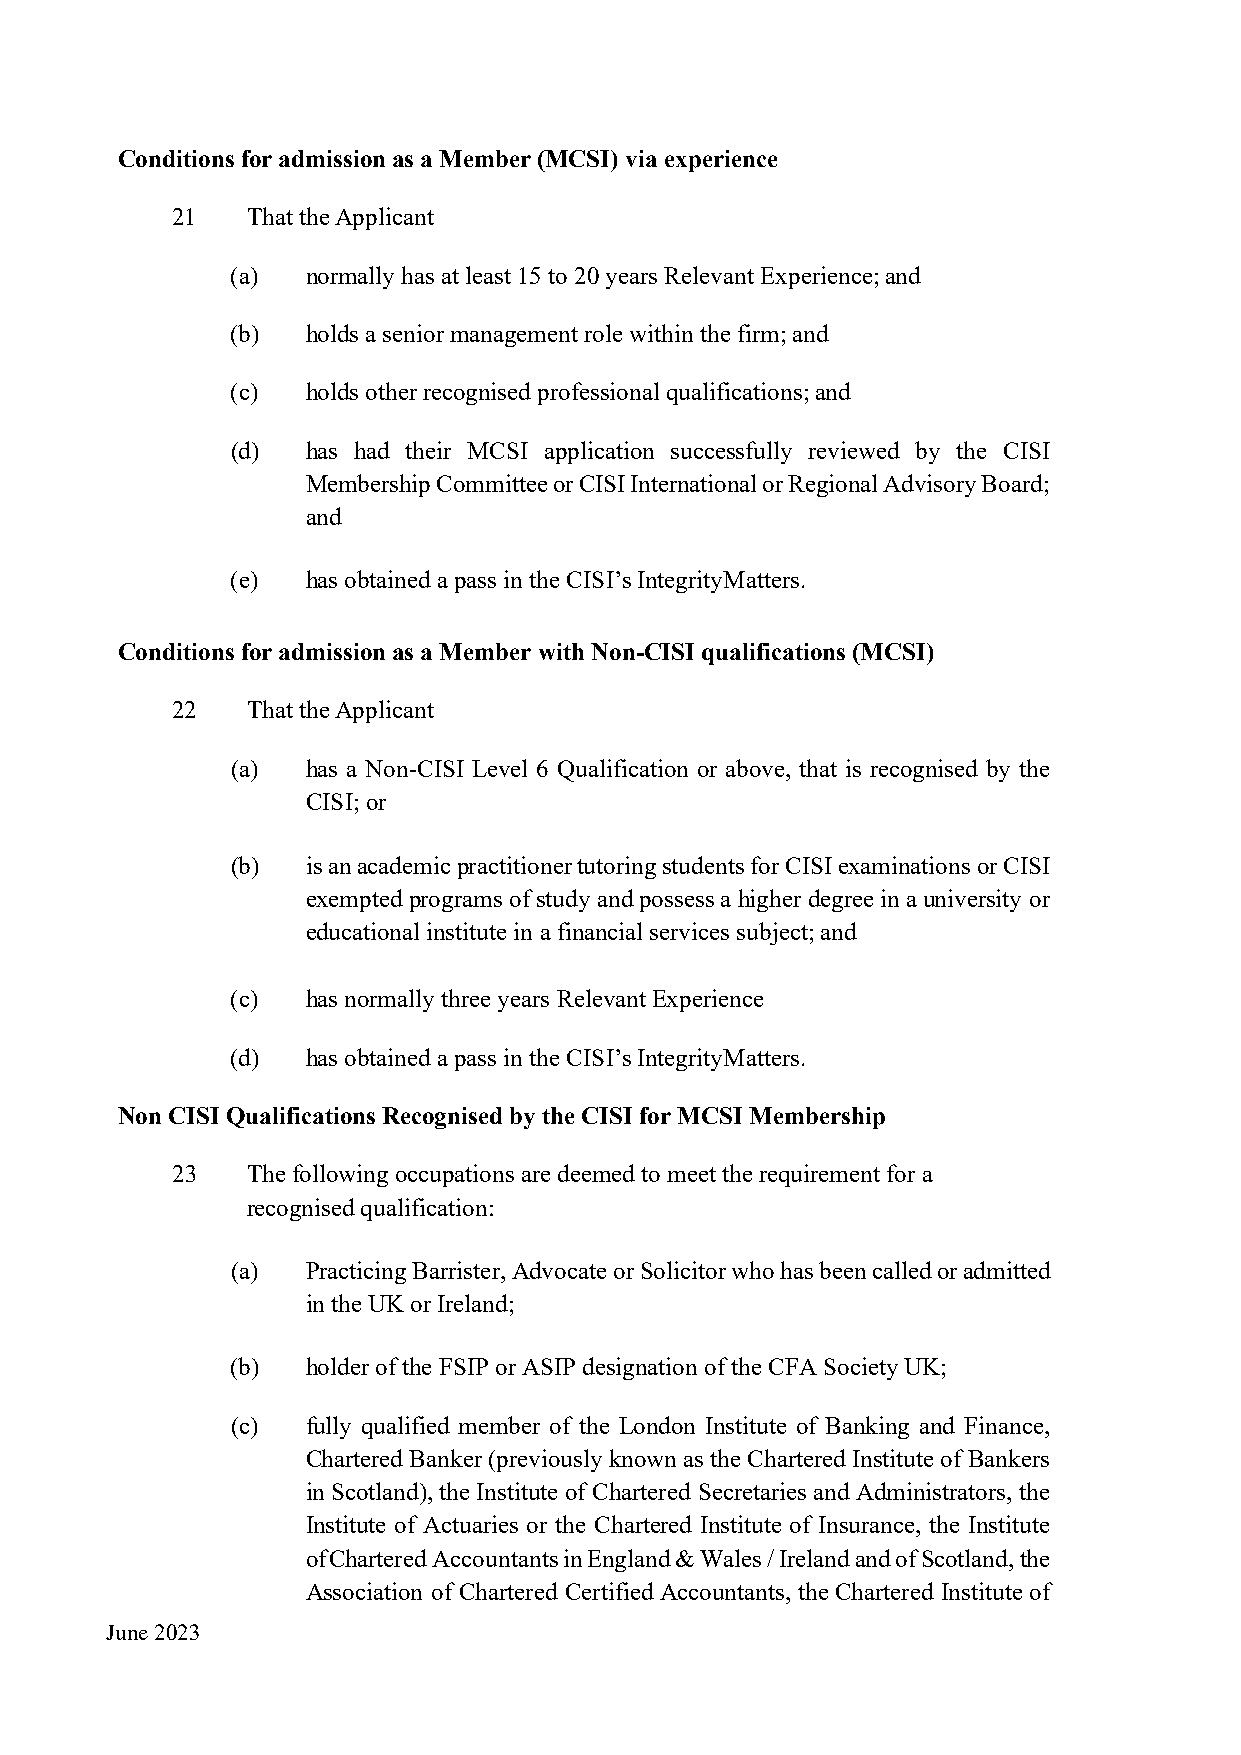
Conditions for admission as a Member (MCSI) via experience
 21   That the Applicant
 (a)  normally has at least 15 to 20 years Relevant Experience; and
 (b)  holds a senior management role within the firm; and
 (c)  holds other recognised professional qualifications; and
 (d)  has had their MCSI application successfully reviewed by the CISI
 Membership Committee or CISI International or Regional Advisory Board;
 and
 (e)  has obtained a pass in the CISI’s IntegrityMatters.
 Conditions for admission as a Member with Non-CISI qualifications (MCSI)
 22   That the Applicant
 (a)  has a Non-CISI Level 6 Qualification or above, that is recognised by the
 CISI; or
 (b)  is an academic practitioner tutoring students for CISI examinations or CISI
 exempted programs of study and possess a higher degree in a university or
 educational institute in a financial services subject; and
 (c)  has normally three years Relevant Experience
 (d)  has obtained a pass in the CISI’s IntegrityMatters.
 Non CISI Qualifications Recognised by the CISI for MCSI Membership
 23   The following occupations are deemed to meet the requirement for a
 recognised qualification:
 (a)  Practicing Barrister, Advocate or Solicitor who has been called or admitted
 in the UK or Ireland;
 (b)  holder of the FSIP or ASIP designation of the CFA Society UK;
 (c)  fully qualified member of the London Institute of Banking and Finance,
 Chartered Banker (previously known as the Chartered Institute of Bankers
 in Scotland), the Institute of Chartered Secretaries and Administrators, the
 Institute of Actuaries or the Chartered Institute of Insurance, the Institute
 of Chartered Accountants in England & Wales / Ireland and of Scotland, the
 Association of Chartered Certified Accountants, the Chartered Institute of
 June 2023